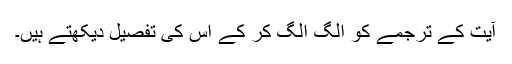
آیت کے ترجمے کو الگ الگ کر کے اس کی تفصیل دیکھتے ہیں۔